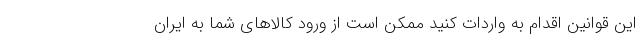
این قوانین اقدام به واردات کنید ممکن است از ورود کالاهای شما به ایران